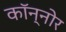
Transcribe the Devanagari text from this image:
कॉन्नोर